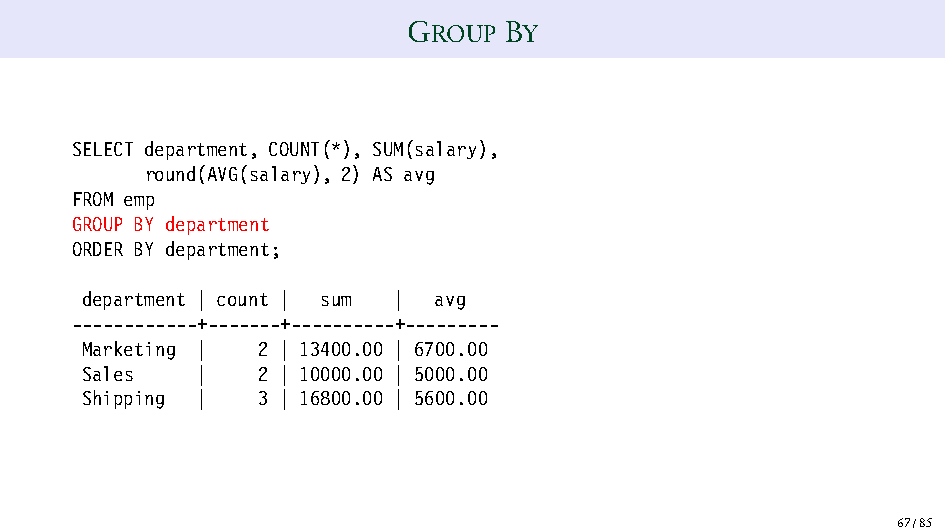
GROUP BY
 SELECT department, COUNT(*), SUM(salary),
 round(AVG(salary), 2) AS avg
 FROM emp
 GROUP BY department
 ORDER BY department;
 department | count | sum | avg
 ------------+-------+----------+---------
 Marketing | 2 | 13400.00 | 6700.00
 Sales   |   2 | 10000.00 | 5000.00
 Shipping |  3 | 16800.00 | 5600.00
 67/85